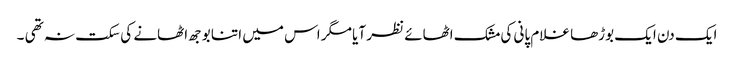
ایک دن ایک بوڑھا غلام پانی کی مشک اٹھائے نظر آیا مگر اس میں اتنا بوجھ اٹھانے کی سکت نہ تھی ۔